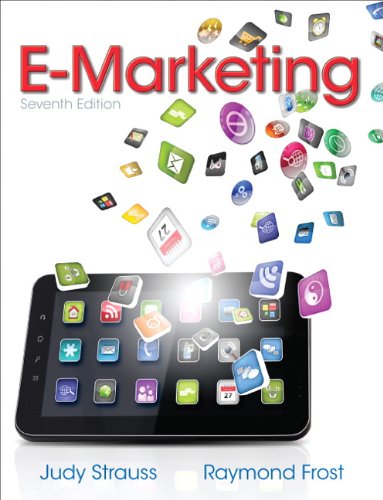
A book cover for E-Marketing (7th Edition); Judy Strauss; Business & Money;